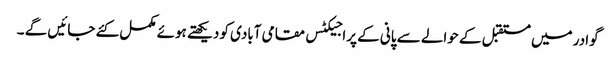
گوادر میں مستقبل کے حوالے سے پانی کے پراجیکٹس مقامی آبادی کو دیکھتے ہوئے مکمل کئے جائیں گے ۔